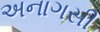
અનાગસી